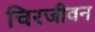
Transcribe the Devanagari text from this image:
चिरजीवन